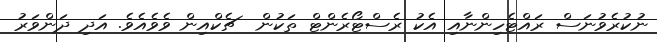
ނުކުރެވުނަސް ރައްޓެހިންނާއި އެކު ރެސްޓޯރެންޓް ތަކުން  ޗެކްއިން ވެވެއެވެ. އަދި ދަންވަރު